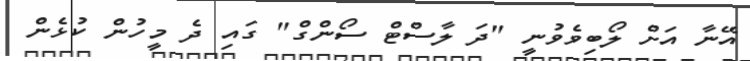
އޭނާ އަށް ލޯބިވެވުނީ "ދަ ލާސްޓް ސޯންގް" ގައި ދެ މީހުން ކުޅެން